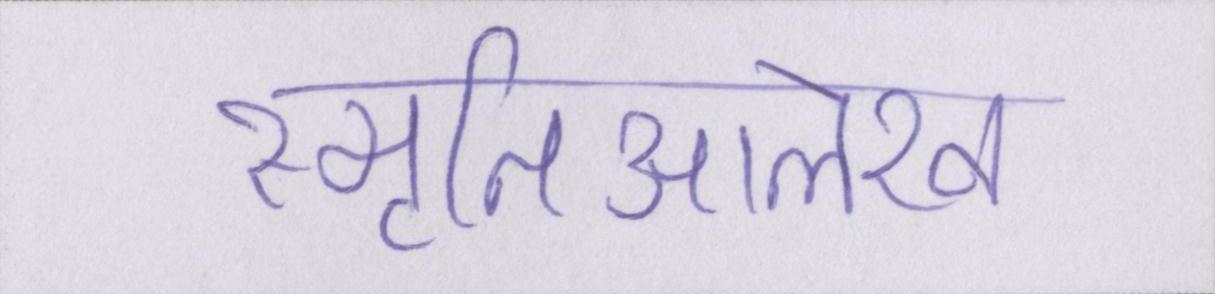
स्मृतिआलेख